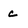
Character: c